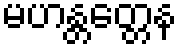
မဟန္တတ္တေန